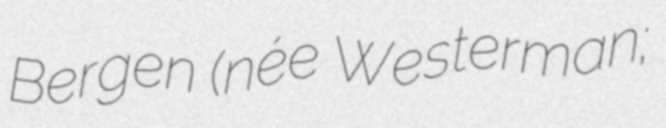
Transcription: Bergen (née Westerman;